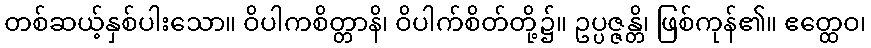
တစ်ဆယ့်နှစ်ပါးသော။ ဝိပါကစိတ္တာနိ၊ ဝိပါက်စိတ်တို့၌။ ဥပ္ပဇ္ဇန္တိ၊ ဖြစ်ကုန်၏။ ဧတ္ထေဝ၊